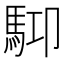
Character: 𩢞